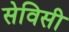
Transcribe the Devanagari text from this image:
सेविसी